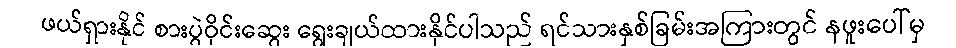
ဖယ်ရှားနိုင် စားပွဲဝိုင်းဆွေး ရွေးချယ်ထားနိုင်ပါသည် ရင်သားနှစ်ခြမ်းအကြားတွင် နဖူးပေါ်မှ